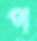
প